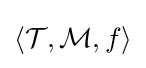
\langle {\mathcal {T}},{\mathcal {M}},f\rangle